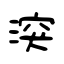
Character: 湥